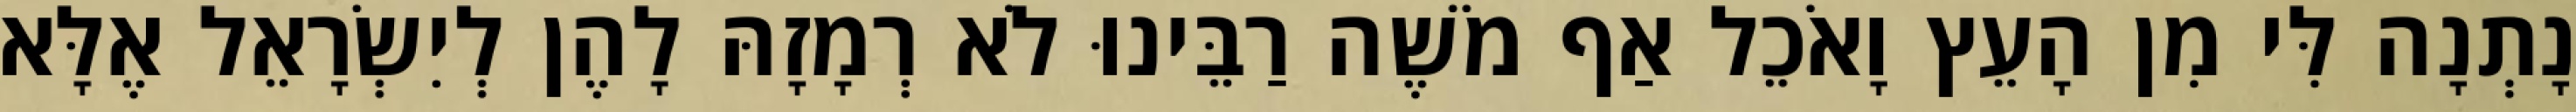
נָתְנָה לִּי מִן הָעֵץ וָאֹכֵל אַף מֹשֶׁה רַבֵּינוּ לֹא רְמָזָהּ לָהֶן לְיִשְׂרָאֵל אֶלָּא